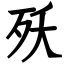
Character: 殀